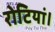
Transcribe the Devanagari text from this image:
रोटियां।